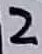
Text: 2